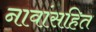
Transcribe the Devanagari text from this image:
नावांसहित